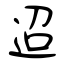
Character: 迢